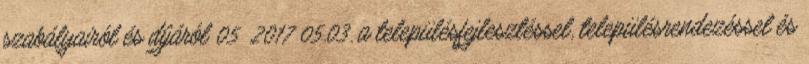
szabályairól és díjáról 05 2017 05.03. a településfejlesztéssel, településrendezéssel és